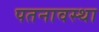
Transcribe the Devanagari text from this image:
पतनावस्था